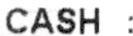
CASH :